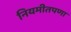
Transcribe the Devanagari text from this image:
नियमीतपणा